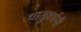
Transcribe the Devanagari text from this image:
धातुवर्धनी